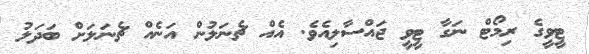
ޓީވީގެ ރިމޯޓް ނަގާ ޓީވީ ޖައްސާލިއެވެ. އެއް ޗެނަލުން އަނެއް ޗެނަލަށް ބަދަލު